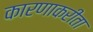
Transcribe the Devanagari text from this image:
कारणाकरीता